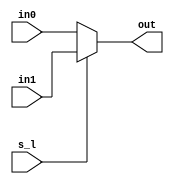
module mux_2_to_1
#(
	parameter   WIDTH = 32
)
(
  input   s_l,
  input   [WIDTH-1:0] in0,
  input   [WIDTH-1:0] in1,
  output reg  [WIDTH-1:0] out
);

  always@* out = s_l ? in1 : in0;
	
  
endmodule